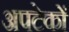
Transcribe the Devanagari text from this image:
अपटेकों